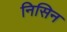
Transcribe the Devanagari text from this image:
निसिन